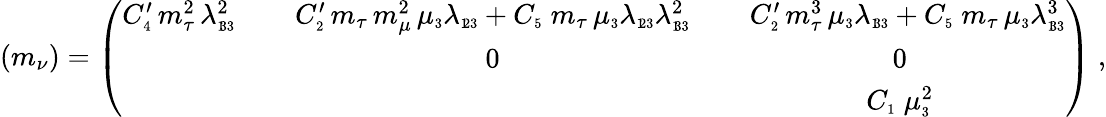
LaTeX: (m_{\nu})=\left(\begin{array}{ccc}{{C_{\scriptscriptstyle 4}^{\prime}\, m_{\tau}^{2}\, \lambda_{\scriptscriptstyle 1\! 33}^{2}\; \; }}&{{\; \; C_{\scriptscriptstyle 2}^{\prime}\, m_{\tau}\, m_{\mu}^{2}\, \mu_{\scriptscriptstyle 3}\lambda_{\scriptscriptstyle 1\! 23}+C_{\scriptscriptstyle 5}\; m_{\tau}\, \mu_{\scriptscriptstyle 3}\lambda_{\scriptscriptstyle 1\! 23}\lambda_{\scriptscriptstyle 1\! 33}^{2}\; \; }}&{{\; \; C_{\scriptscriptstyle 2}^{\prime}\, m_{\tau}^{3}\, \mu_{\scriptscriptstyle 3}\lambda_{\scriptscriptstyle 1\! 33}+C_{\scriptscriptstyle 5}\; m_{\tau}\, \mu_{\scriptscriptstyle 3}\lambda_{\scriptscriptstyle 1\! 33}^{3}}}\\ {{}}&{{0}}&{{0}}\\ {{}}&{{}}&{{C_{\scriptscriptstyle 1}\; \mu_{\scriptscriptstyle 3}^{2}}}\end{array}\right)\; ,